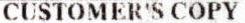
CUSTOMER'S COPY